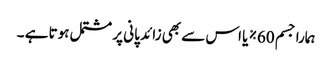
ہمارا جسم 60% یا اس سے بھی زائد پانی پر مشتمل ہوتا ہے ۔